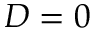
D = 0